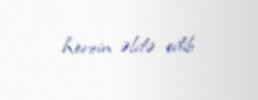
heroin əldə edib.